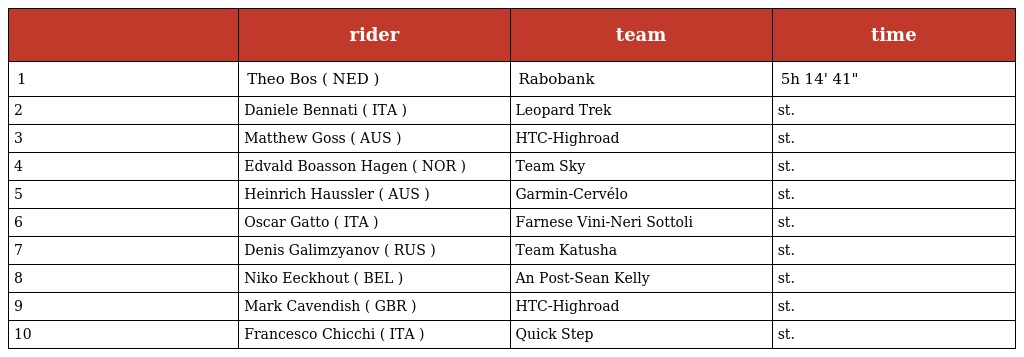
|  | rider | team | time |
 | --- | --- | --- | --- |
 | 1 | Theo Bos ( NED ) | Rabobank | 5h 14' 41" |
 | 2 | Daniele Bennati ( ITA ) | Leopard Trek | st. |
 | 3 | Matthew Goss ( AUS ) | HTC-Highroad | st. |
 | 4 | Edvald Boasson Hagen ( NOR ) | Team Sky | st. |
 | 5 | Heinrich Haussler ( AUS ) | Garmin-Cervélo | st. |
 | 6 | Oscar Gatto ( ITA ) | Farnese Vini-Neri Sottoli | st. |
 | 7 | Denis Galimzyanov ( RUS ) | Team Katusha | st. |
 | 8 | Niko Eeckhout ( BEL ) | An Post-Sean Kelly | st. |
 | 9 | Mark Cavendish ( GBR ) | HTC-Highroad | st. |
 | 10 | Francesco Chicchi ( ITA ) | Quick Step | st. |